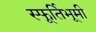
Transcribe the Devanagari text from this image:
स्फूर्तिभूमी